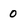
Character: O